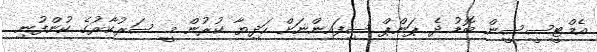
އެމްޓީސީސީން ބޮޑު ދެ ޕަންޕް ސިފައިންނަށް ހަދިޔާ ކުރުން މީ ސަރުކާރުގެ ކުންފުނި